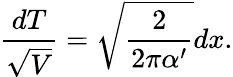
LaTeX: \frac{dT}{\sqrt{V}}=\sqrt{\frac{2}{2\pi\alpha^{\prime}}}dx.